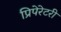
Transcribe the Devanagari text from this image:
प्रिपेरेटरी